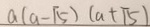
a ( a - \sqrt { 5 } ) ( a + \sqrt { 5 } )